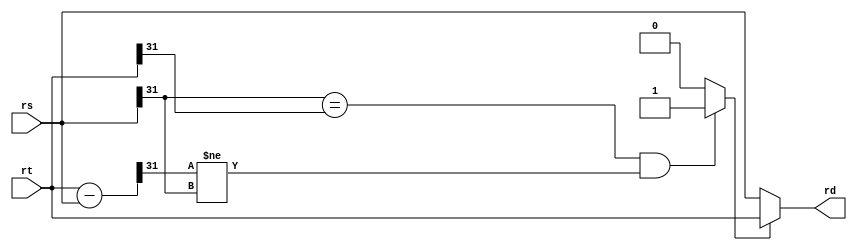

module slt (rs, rt, rd);
	output [31:0] rd ;
	input [31:0] rs,rt;
	wire [31:0] temp;
	wire temp1;
	
	assign temp = rt - rs ;
	assign temp1 = (rs[31] == rt[31] && temp[31] != rs[31]) ? 1 : 0;
	assign rd = temp1 ? rt : rs;
endmodule